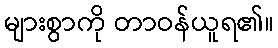
များစွာကို တာဝန်ယူရ၏။